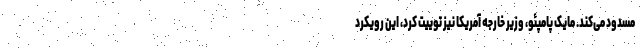
مسدود می‌کند. مایک پامپئو، وزیر خارجه آمریکا نیز توییت کرد، این رویکرد